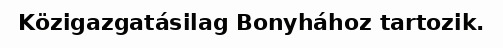
Közigazgatásilag Bonyhához tartozik.